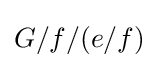
G/f/(e/f)